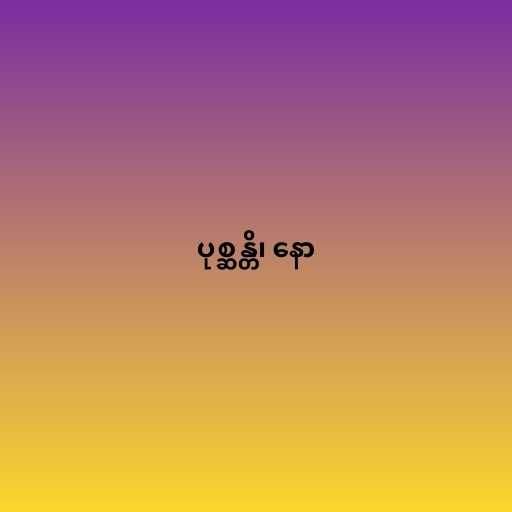
ပုစ္ဆန္တိ၊ နော